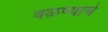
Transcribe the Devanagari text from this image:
वळण्याचे